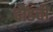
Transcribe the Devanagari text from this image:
दौंडची